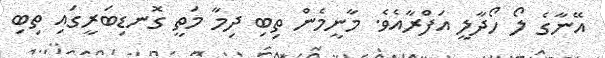
އޭނާގެ ލޯ ހޯދާލީ އަފްރާއެވެ. މާނީމެން ތިބި ދިމާ މަތީ ގޮނޑިބަރީގައި ތިބި